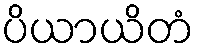
ပိယာယိတံ